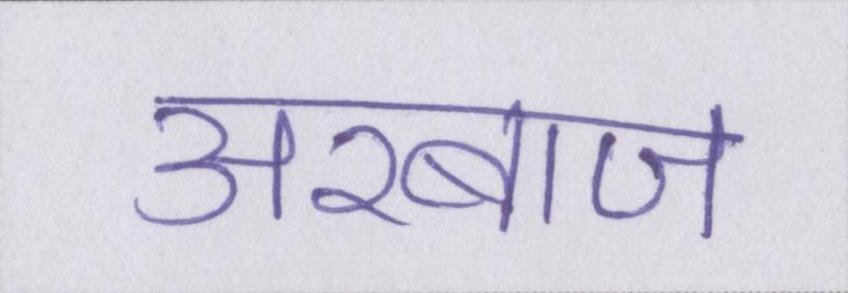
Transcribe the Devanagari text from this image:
अरबाज